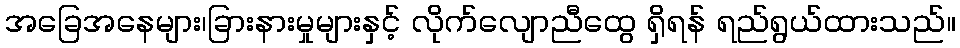
အခြေအနေများ၊ခြားနားမှုများနှင့် လိုက်လျောညီထွေ ရှိရန် ရည်ရွယ်ထားသည်။